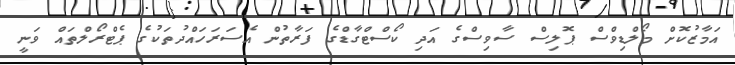
އަމާޒުކޮށް މޯލްޑިވްސް ޕޮލިސް ސާވިސްގެ އަދި ކޯސްޓްގާޑްގެ ފަރާތުން އެސަރަހައްދުތަކުގެ ޕެޓްރޯލްތައް ވަނީ